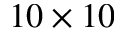
1 0 \times 1 0